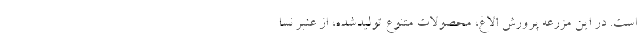
است. در این مزرعه پرورش الاغ، محصولات متنوع تولیدشده، از عنبر نسا